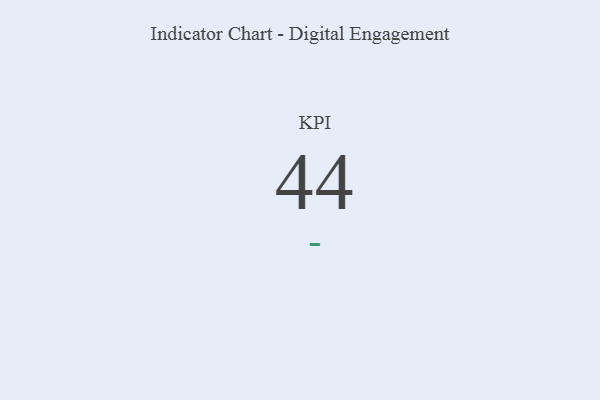
{"axis": {"x": "KPI", "y": "Value"}, "legend": [""], "data": [{"x": "KPI", "y": 44, "type": ""}]}